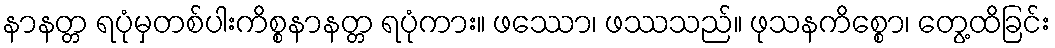
နာနတ္တ ရပုံမှတစ်ပါးကိစ္စနာနတ္တ ရပုံကား။ ဖဿော၊ ဖဿသည်။ ဖုသနကိစ္စော၊ တွေ့ထိခြင်း